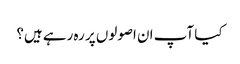
کیا آپ ان اصولوں پر رہ رہے ہیں؟